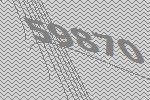
59870